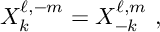
X _ { k } ^ { \ell , - m } = X _ { - k } ^ { \ell , m } \ ,